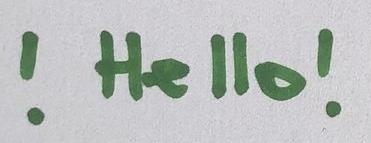
! Hello!